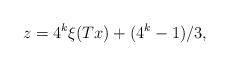
LaTeX: \begin{align*}z = 4^k \xi(Tx) + (4^k-1)/3,\end{align*}